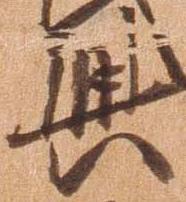
興